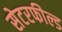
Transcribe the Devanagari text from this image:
सेटरफील्ड